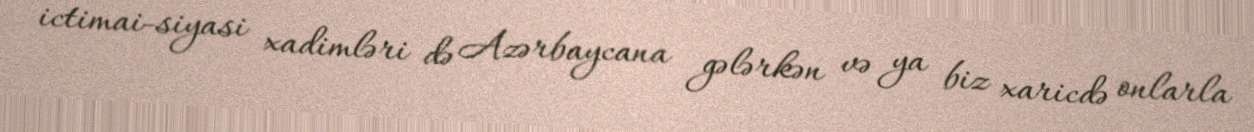
ictimai-siyasi xadimləri də Azərbaycana gələrkən və ya biz xaricdə onlarla